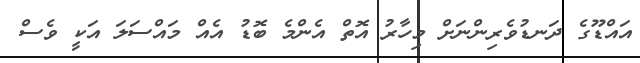
އައްޑޫގެ ދަނޑުވެރިންނަށް މިހާރު އޮތް އެންމެ ބޮޑު އެއް މައްސަލަ އަކީ ވެސް